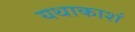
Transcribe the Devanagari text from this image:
यथाकाशं